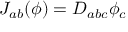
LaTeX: J _ { a b } ( \phi ) = D _ { a b c } \phi _ { c }